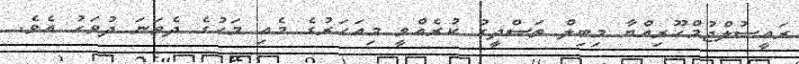
ރައީސުލްޖުމްހޫރިއްޔާ މިބިލް ތަސްދީގު ކުރެއްވީ މިއަހަރުގެ މެއި މަހުގެ ދެވަނަ ދުވަހު އެވެ.